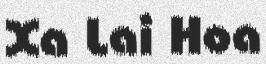
Xa Lai Hoa